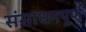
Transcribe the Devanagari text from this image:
संसाधनपूर्ण